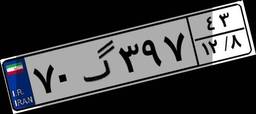
۷۰گ۳۹۷۴۳